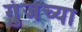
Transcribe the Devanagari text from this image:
गुंजेच्या